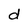
Character: d